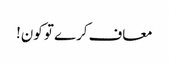
معاف کرے تو کون!